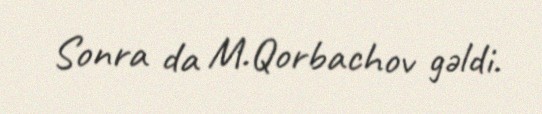
Sonra da M.Qorbachov gəldi.